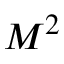
M ^ { 2 }